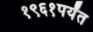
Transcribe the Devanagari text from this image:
१९६१पर्यंत